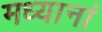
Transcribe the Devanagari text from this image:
मध्यानां